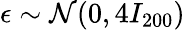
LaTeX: \epsilon\sim\mathcal{N}(0,4I_{200})